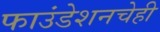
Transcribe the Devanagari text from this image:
फाउंडेशनचेही